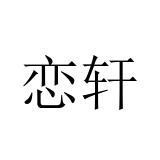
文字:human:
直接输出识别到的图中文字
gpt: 恋轩